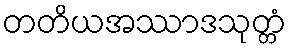
တတိယအဿာဒသုတ္တံ